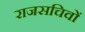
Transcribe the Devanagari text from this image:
राजसचिवों